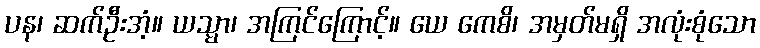
ပန၊ ဆက်ဦးအံ့။ ယသ္မာ၊ အကြင်ကြောင့်။ ယေ ကေစိ၊ အမှတ်မရှိ အလုံးစုံသော